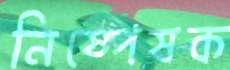
নিষ্পেষক